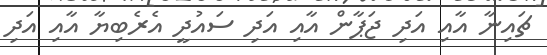
ޗައިނާ އާއި އަދި ޖަޕާން އާއި އަދި ސައުދީ އެރެބިޔާ އާއި އަދި